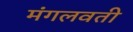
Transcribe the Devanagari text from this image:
मंगलवती